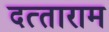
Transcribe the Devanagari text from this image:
दत्‍ताराम